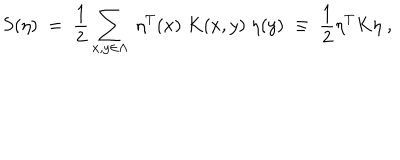
S ( \eta ) \; = \; \frac { 1 } { 2 } \sum _ { x , y \in \Lambda } \; \eta ^ { T } ( x ) \; K ( x , y ) \; \eta ( y ) \; \equiv \; \frac { 1 } { 2 } \eta ^ { T } K \eta \; ,